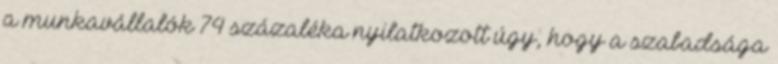
a munkavállalók 74 százaléka nyilatkozott úgy, hogy a szabadsága